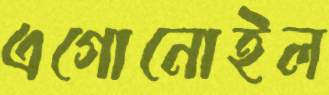
এগোনোইল